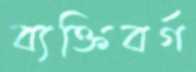
ব্যক্তিবর্গ